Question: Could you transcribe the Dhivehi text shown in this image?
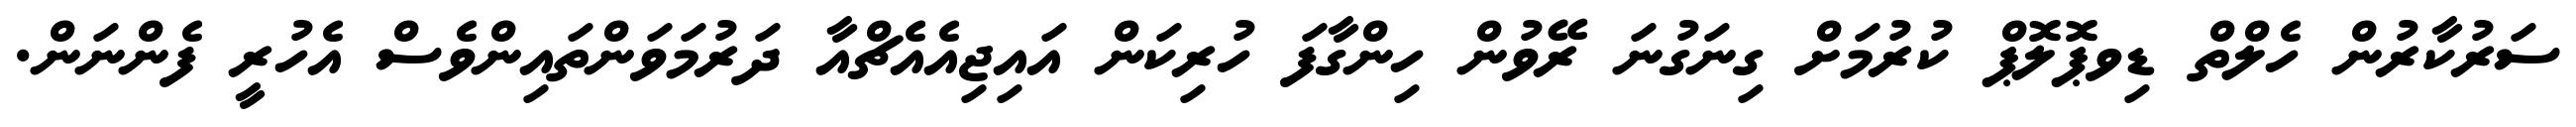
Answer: ސަރުކާރުން ހެލްތް ޑިވޕޮލޮޕް ކުރުމަށް ގިނަގުނަ ރޭވުން ހިންގާފަ ހުރިކަން އައިޖިއެއެޗްއާ ދަރުމަވަންތައިންވެސް އެހުރީ ފެންނަން.